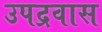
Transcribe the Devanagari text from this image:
उपद्रवास